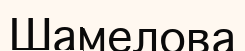
Шамелова